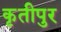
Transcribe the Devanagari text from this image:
कृतीपुर